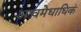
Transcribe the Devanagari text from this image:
अश्वमेधाधिकं